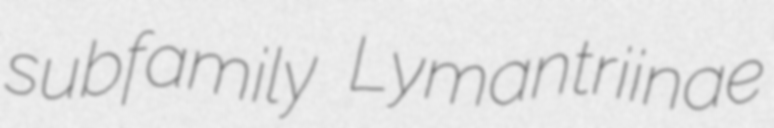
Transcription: subfamily Lymantriinae